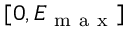
[ 0 , E _ { \mathrm { ~ m ~ a ~ x ~ } } ]